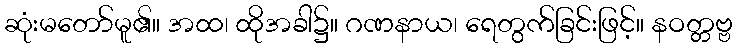
ဆုံးမတော်မူ၏။ အထ၊ ထိုအခါ၌။ ဂဏနာယ၊ ရေတွက်ခြင်းဖြင့်။ နဝတ္တဗ္ဗ